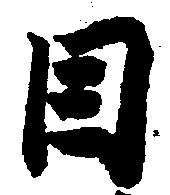
目